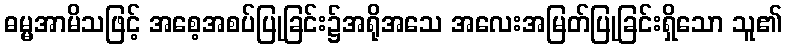
ဓမ္မအာမိသဖြင့် အစေ့အစပ်ပြုခြင်း၌အရိုအသေ အလေးအမြတ်ပြုခြင်းရှိသော သူ၏